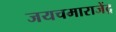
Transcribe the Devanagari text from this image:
जयचमाराजेंद्र